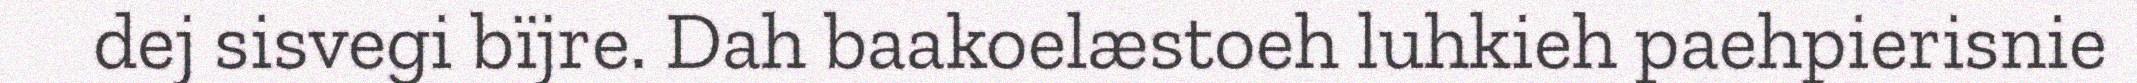
dej sisvegi bïjre. Dah baakoelæstoeh luhkieh paehpierisnie